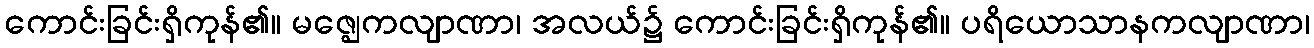
ကောင်းခြင်းရှိကုန်၏။ မဇ္ဈေကလျာဏာ၊ အလယ်၌ ကောင်းခြင်းရှိကုန်၏။ ပရိယောသာနကလျာဏာ၊